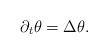
LaTeX: \begin{align*}\partial_t \theta = \Delta \theta.\end{align*}